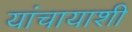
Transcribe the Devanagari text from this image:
यांचायाशी